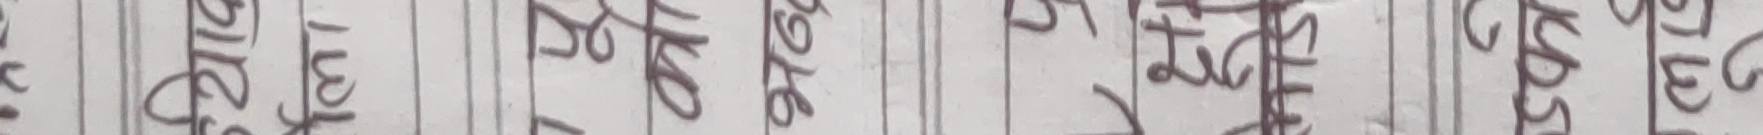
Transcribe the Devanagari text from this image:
गरिमा को खेतमा गोठ रहेर पसुको छ